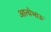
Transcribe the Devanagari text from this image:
आत्येभाऊ